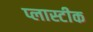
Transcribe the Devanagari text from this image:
प्लास्टीक